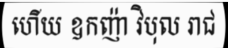
ហើយ ឧកញ៉ា វិបុល រាជ